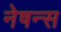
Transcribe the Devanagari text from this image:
नेषन्स